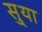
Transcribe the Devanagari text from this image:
सु्या